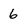
Character: 6